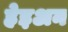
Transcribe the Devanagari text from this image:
हेइअन